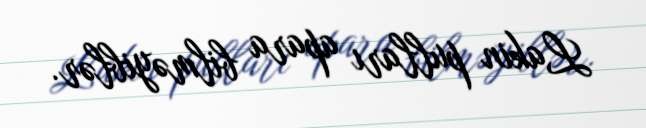
Lakin pulları apara bilməyiblər.